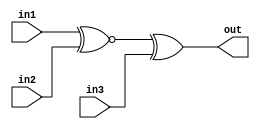
module top_module (
    input in1,
    input in2,
    input in3,
    output out
);
    
    wire xnor_in12;
    
    assign xnor_in12 = in1 ~^ in2;
    assign out  = xnor_in12 ^ in3;

endmodule